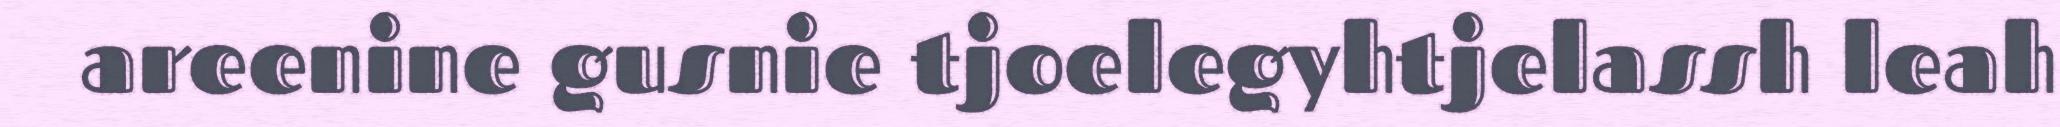
areenine gusnie tjoelegyhtjelassh leah